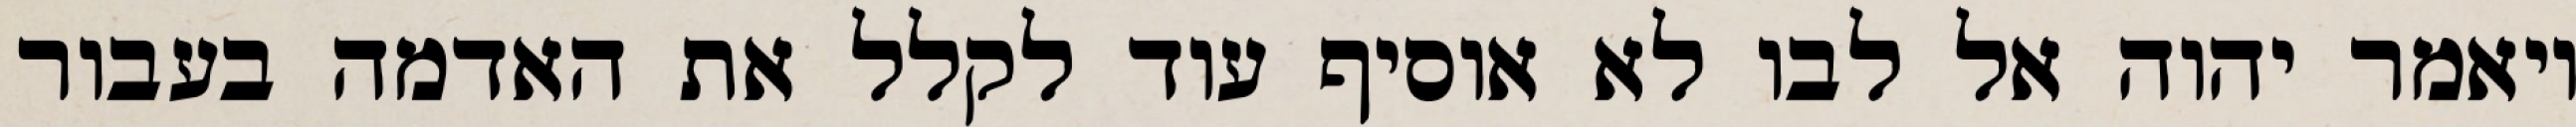
ויאמר יהוה אל לבו לא אוסיף עוד לקלל את האדמה בעבור